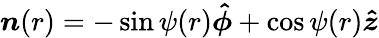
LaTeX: \boldsymbol{n}(r)=-\sin\psi(r)\boldsymbol{\hat{\phi}}+\cos\psi(r)\boldsymbol{\hat{z}}